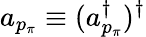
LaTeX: a_{p_{\pi}}\equiv(a_{p_{\pi}}^{\dagger})^{\dagger}